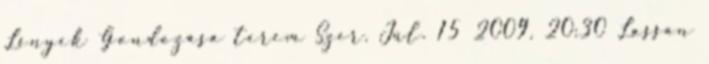
Lények Gondozása terem Szer. Júl. 15 2009, 20:30 Lassan